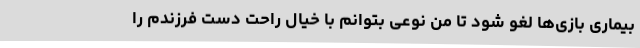
بیماری بازی‌ها لغو شود تا من نوعی بتوانم با خیال راحت دست فرزندم را